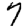
Digit: 7